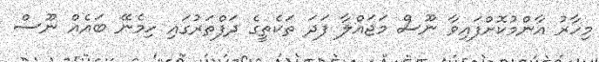
މިހާރު އާންމުކޮށްފައިވާ ނޫސް މަޖައްލާ ފަދަ ތަކެތީގެ ދަފްތަރުގައި ހިމެނޭ ބައެއް ނޫސް